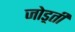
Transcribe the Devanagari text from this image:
जोड़्ती